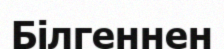
Білгеннен